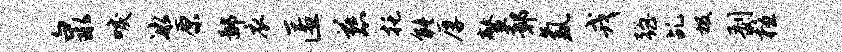
泉唳冰原鄙衣匿慈托能厚鳌鄣氲戎强乩圾剥檀